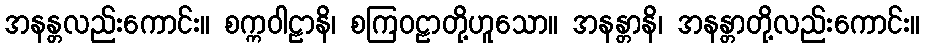
အနန္တလည်းကောင်း။ စက္ကဝါဠာနိ၊ စကြဝဠာတို့ဟူသော။ အနန္တာနိ၊ အနန္တာတို့လည်းကောင်း။